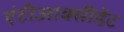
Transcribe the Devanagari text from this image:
एंटीआक्सीडेंट